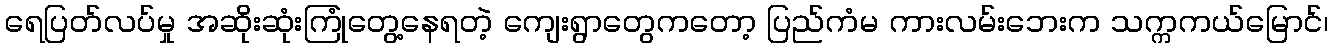
ရေပြတ်လပ်မှု အဆိုးဆုံးကြုံတွေ့နေရတဲ့ ကျေးရွာတွေကတော့ ပြည်ကံမ ကားလမ်းဘေးက သက္ကကယ်မြောင်၊